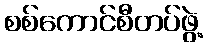
စစ်ကောင်စီတပ်ဖွဲ့